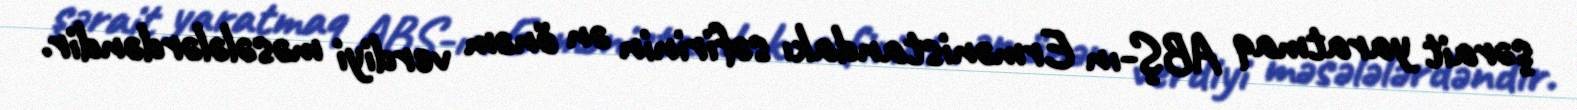
şərait yaratmaq ABŞ-ın Ermənistandakı səfirinin ən önəm verdiyi məsələlərdəndir.